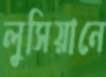
লুসিয়ানে